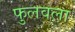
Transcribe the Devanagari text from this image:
फुलवला